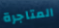
المتاجرة